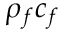
\rho _ { f } c _ { f }